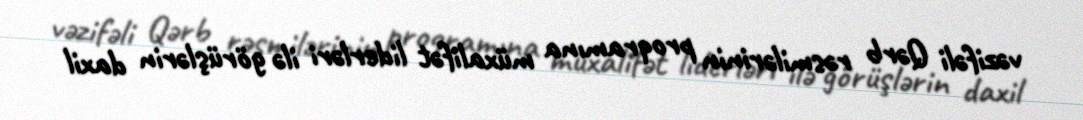
vəzifəli Qərb rəsmilərinin proqramına müxalifət liderləri ilə görüşlərin daxil